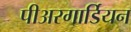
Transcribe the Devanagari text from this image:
पीअरगार्डियन